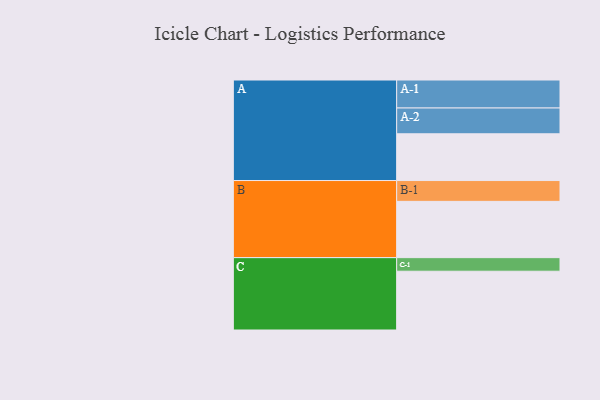
{"axis": {"x": "Segment", "y": "Value"}, "legend": ["", "A", "B", "C"], "data": [{"x": "A", "y": 451, "type": ""}, {"x": "B", "y": 543, "type": ""}, {"x": "C", "y": 567, "type": ""}, {"x": "A-1", "y": 270, "type": "A"}, {"x": "A-2", "y": 249, "type": "A"}, {"x": "B-1", "y": 201, "type": "B"}, {"x": "C-1", "y": 131, "type": "C"}]}